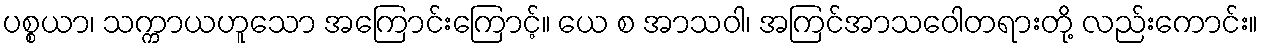
ပစ္စယာ၊ သက္ကာယဟူသော အကြောင်းကြောင့်။ ယေ စ အာသဝါ၊ အကြင်အာသဝေါတရားတို့ လည်းကောင်း။